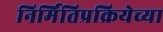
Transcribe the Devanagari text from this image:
निर्मितिप्रक्रियेच्या